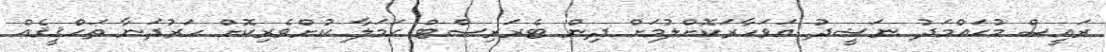
ރައީސް މުޙައްމަދު ނަޝީދު އަވަހާރަކޮށްލުމަށް ދިން ޓެރަރިސްޓް ޙަމަލާ ކުށްވެރިކޮށް ހަރުދަނާ ތަޙްޤީޤެއް